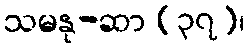
သမနု-ဆာ (၃၇)၊